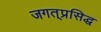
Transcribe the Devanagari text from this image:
जगत्‌प्रसिद्ध